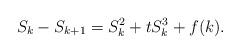
LaTeX: \begin{align*}S_k - S_{k + 1} = S_k^2 + t S_k^3 + f(k).\end{align*}